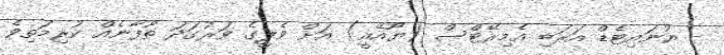
- ޔުނައިޓެޑް އަރަބި އެމިރޭޓްސް (ޔޫއޭއީ) އަށް ވެލީގެ ވަރުގަދަ ތޫފާނެއް ކުރިމަތިވެ